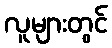
လူများတွင်